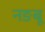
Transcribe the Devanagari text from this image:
नङबू